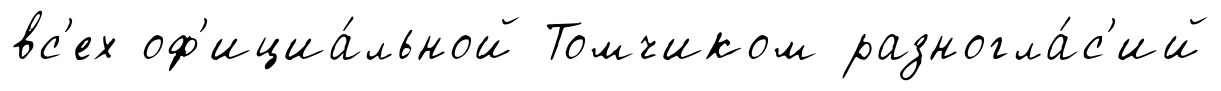
вс'ех оф'ициа́льной Томчиком разногла́с'ий